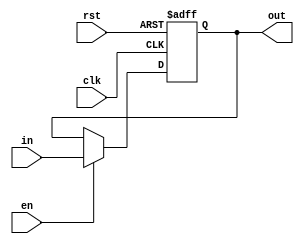
module RegisterNegEdge(in, clk, en, rst, out);
    parameter N = 32;

    input [N-1:0] in;
    input clk, rst, en;

    output reg [N-1:0] out;
    
    always @(negedge clk or posedge rst) begin
        if (rst)
            out <= {N{1'b0}};
        else if (en)
            out <= in;    
    end

endmodule